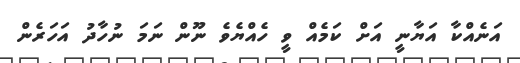
އަނެއްކާ އަޔާނީ އަށް ކަމެއް ވީ ހެއްޔެވެ ނޫން ނަމަ ނުހާދު އަހަރެން